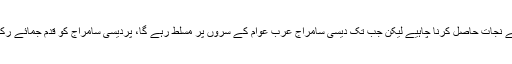
بلاشبہ پسماندہ ملکوں کو سامراج سے نجات حاصل کرنا چاہیے لیکن جب تک دیسی سامراج عرب عوام کے سروں پر مسلط رہے گا، پردیسی سامراج کو قدم جمائے رکھنے کا جواز اور بہانہ ملا رہے گا۔